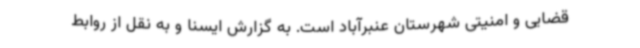
قضایی و امنیتی شهرستان عنبرآباد است. به گزارش ایسنا و به نقل از روابط